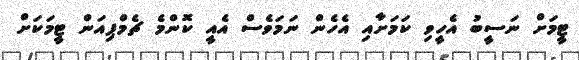
ޓީމަށް ނަސީބު އެހީވި ކަމަށާއި އެހެން ނަމަވެސް އެއީ ކޮންމެ ޗެމްޕިއަން ޓީމަކަށް